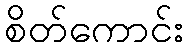
စိတ်ကောင်း